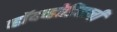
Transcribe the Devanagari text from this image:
व्हॉयव्होडिनाची